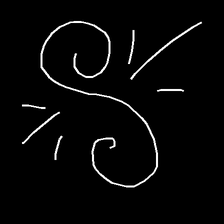
Glyph: wind-directs-air